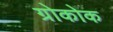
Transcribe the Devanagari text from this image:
ग्रोकोक